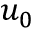
u _ { 0 }